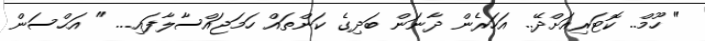
" ހޫމް.. ކޮޓަރިއަށްދޭ.. އަހަރެން ދާނަން ބަދިގެ ކަންތައް ހަމަޖައްސާލާފައި... " އަޙްސަން